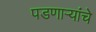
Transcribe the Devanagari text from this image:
पडणाऱ्यांचे